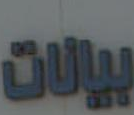
بيالات